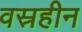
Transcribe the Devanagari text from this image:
वस्रहीन